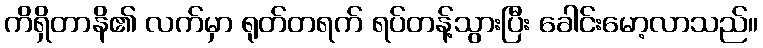
ကိရှိတာနိ၏ လက်မှာ ရုတ်တရက် ရပ်တန့်သွားပြီး ခေါင်းမော့လာသည်။